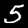
Label: 5